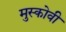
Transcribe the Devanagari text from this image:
मुस्कोवी